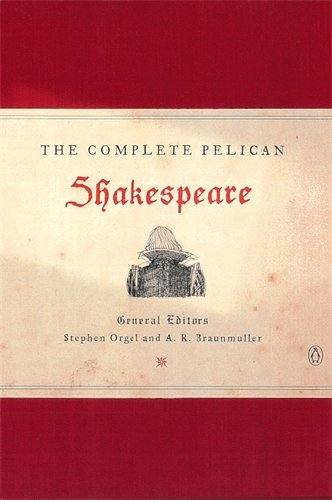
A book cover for The Complete Pelican Shakespeare; William Shakespeare; Literature & Fiction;